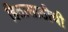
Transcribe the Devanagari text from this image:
हितासाठीची